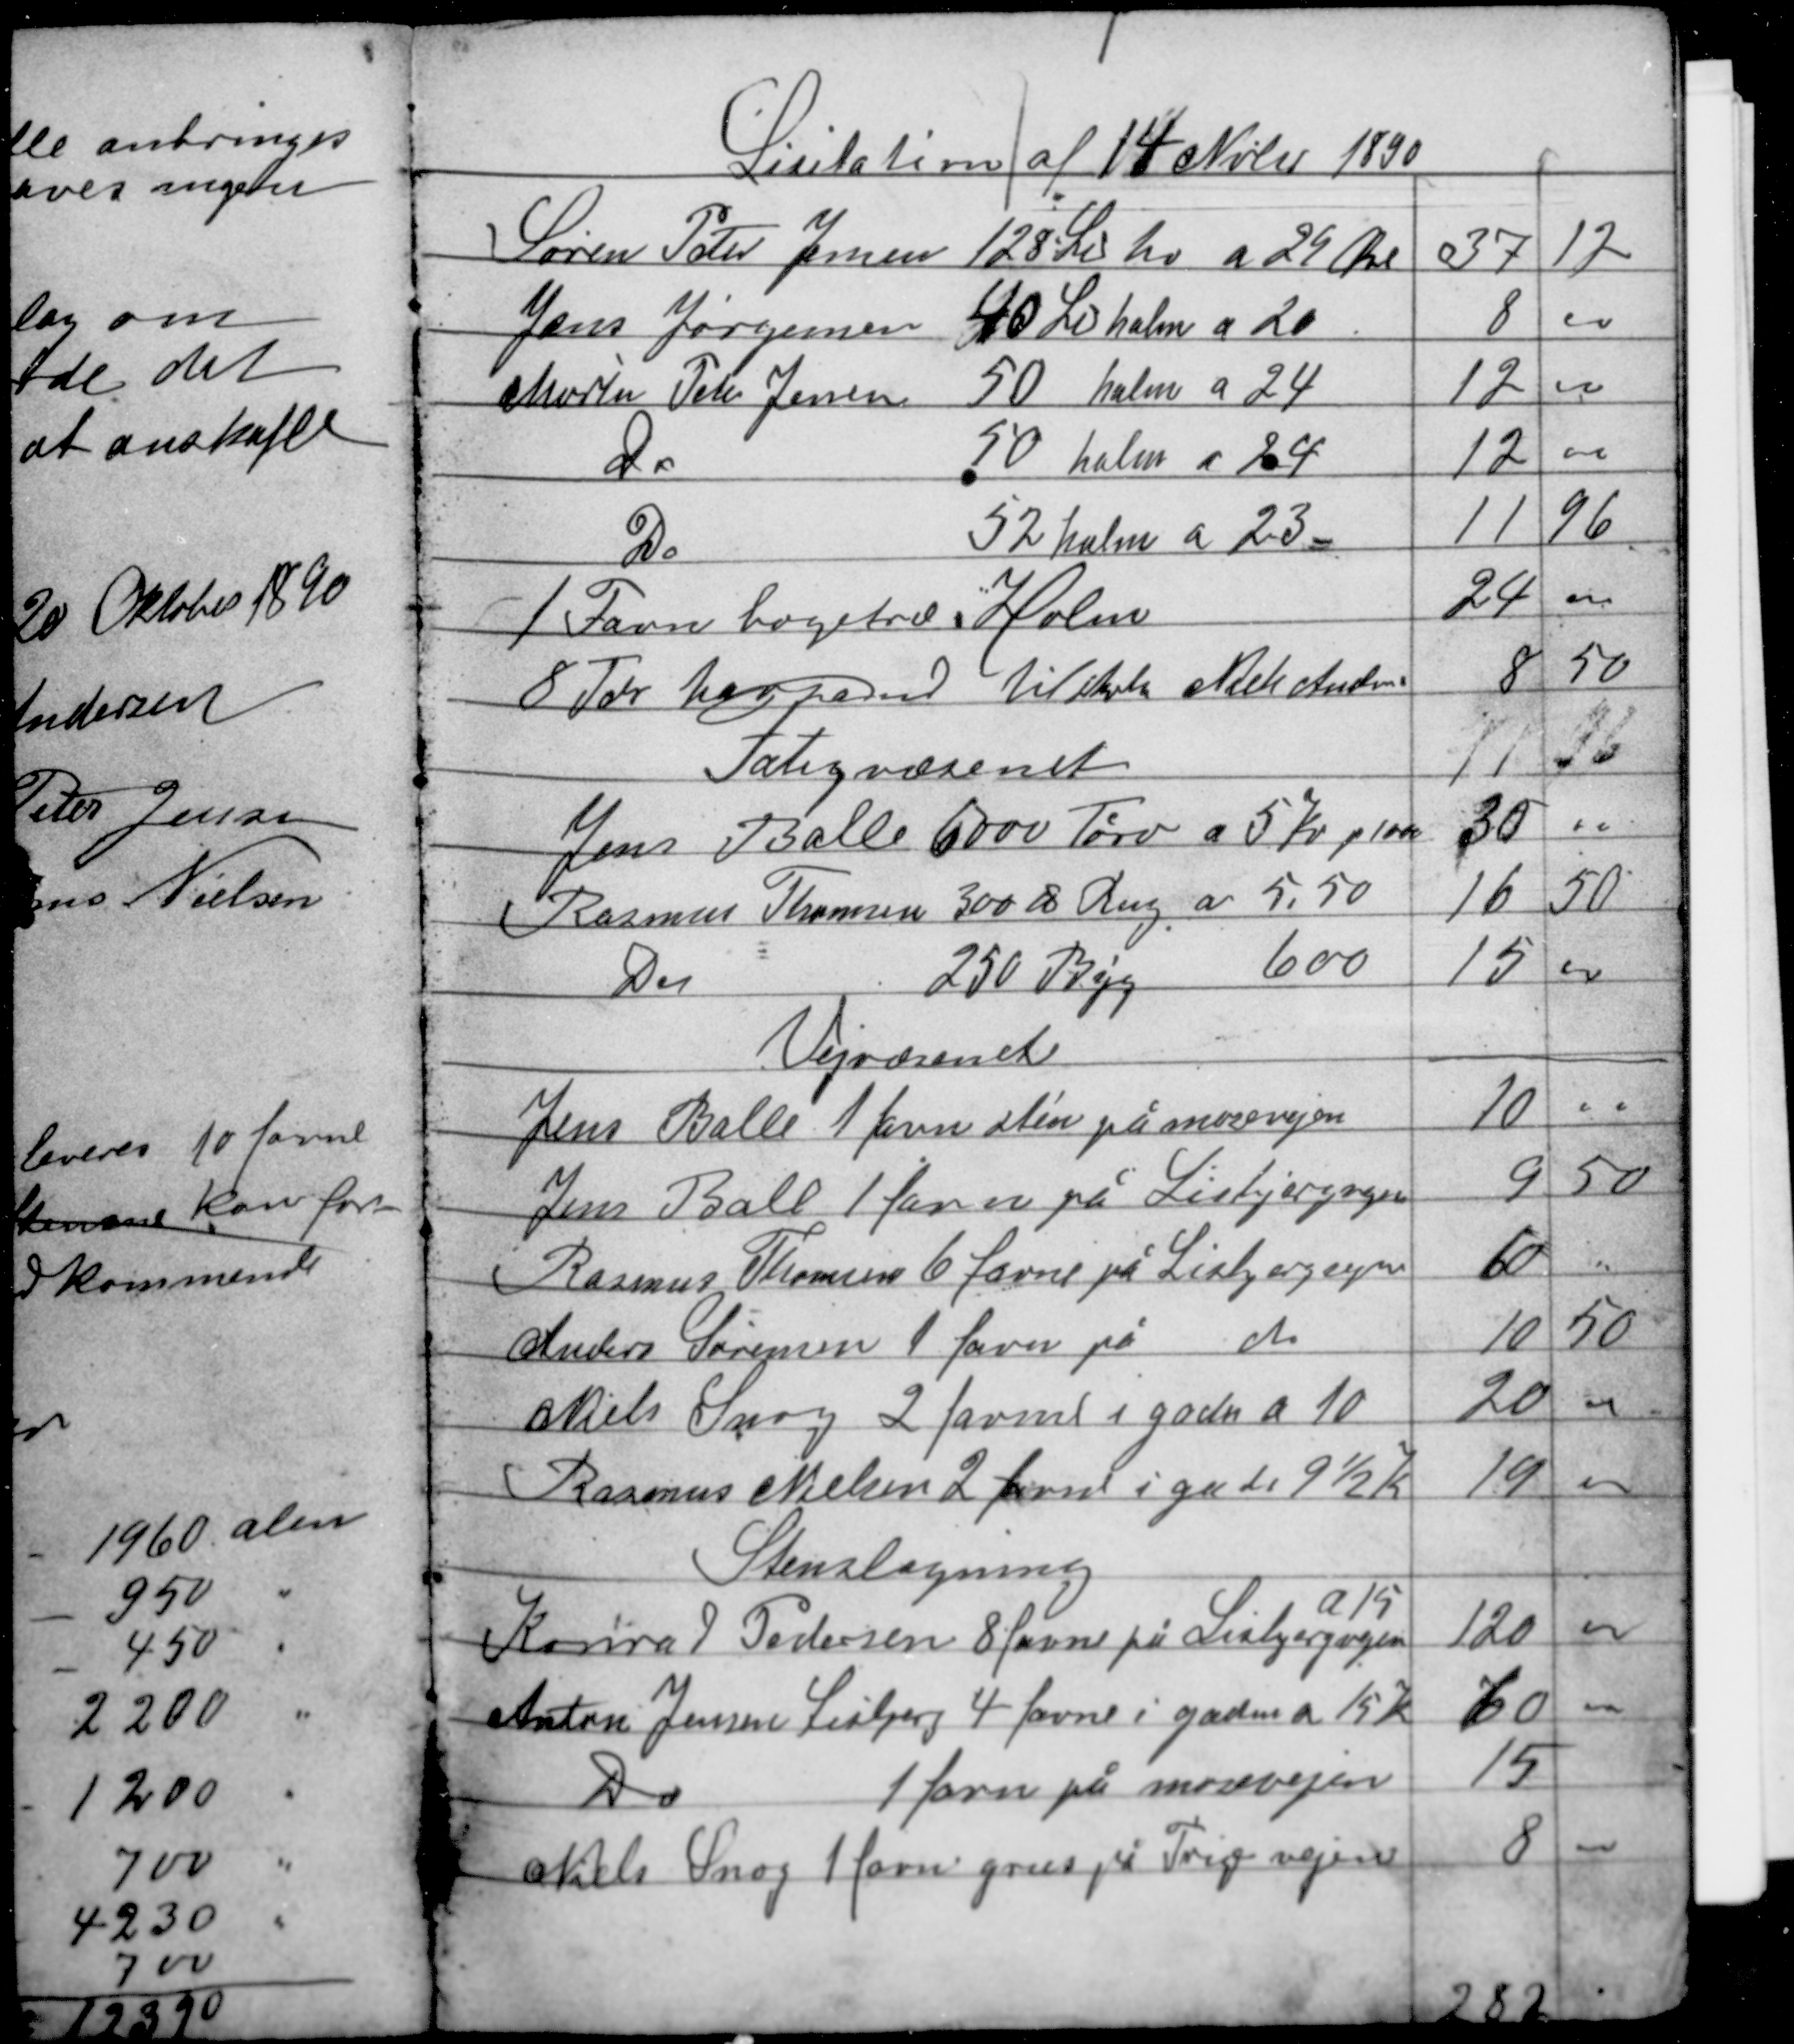
Transskription:
Lisitation af 14 Nvbr 1890